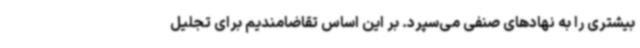
بیشتری را به نهادهای صنفی می‌سپرد. بر این اساس تقاضامندیم برای تجلیل